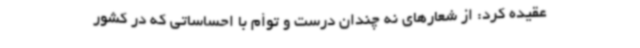
عقیده کرد: از شعارهای نه چندان درست و توأم با احساساتی که در کشور